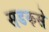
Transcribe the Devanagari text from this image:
सडकसे